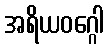
အရိယဝဂ္ဂေါ